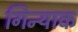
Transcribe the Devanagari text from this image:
गिन्याक